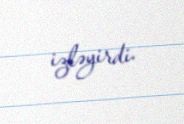
izləyirdi.